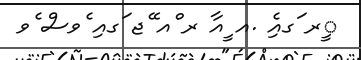
ީރ ަގއިެ .އ ީއާ ރ ްއ ޭޖ ަގއި ެވސް ެވ